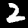
Label: 2